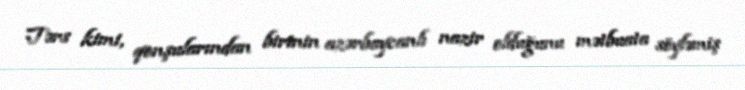
Tərs kimi, qonşularından birinin azərbaycanlı nazir olduğunu mətbuata söyləmiş